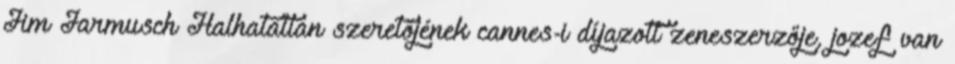
Jim Jarmusch Halhatatlan szeretőjének cannes-i díjazott zeneszerzője, jozef van